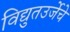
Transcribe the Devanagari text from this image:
विद्युतउर्जेचे